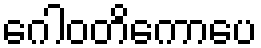
ဂေါဝတိကောပေ